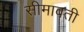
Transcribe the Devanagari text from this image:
सीमावती